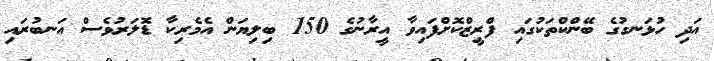
އަދި ހުޅަނގުގެ ބޭންކްތަކުގައި ފްރީޒްކޮށްފައިވާ އީރާނުގެ 150 ބިލިޔަން އެމެރިކާ ޑޮލަރުވެސް އަނބުރައި